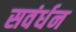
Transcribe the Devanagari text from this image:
सवंर्धन